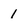
Character: 1